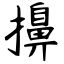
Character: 擤